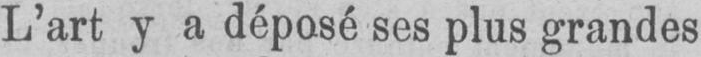
L’art y a déposé ses plus grandes